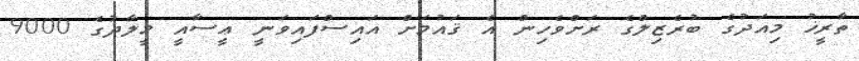
ތާރީޚު މިއަދުގެ ބުރެޒިލްގެ ރަށްވެހިން އެ ޤައުމަށް އައިސްފައިވަނީ ޢީސާއީ މީލާދުގެ 9000